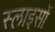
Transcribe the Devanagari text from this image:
स्लाइसों